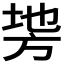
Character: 𭤵